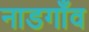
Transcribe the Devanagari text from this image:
नाडगाँव